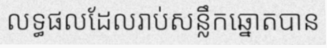
លទ្ធផលដែលរាប់សន្លឹកឆ្នោតបាន